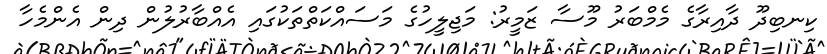
ކިނބިދޫ ދާއިރާގެ މެމްބަރު މޫސާ ޒަމީރު: މަޖިލީހުގެ މަސައްކަތްތަކުގައި އެއްބާރުލުން ދިން އެންމެހާ